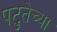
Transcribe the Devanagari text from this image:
पटुतेच्या